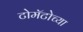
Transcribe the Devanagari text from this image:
टोमॅटोच्या